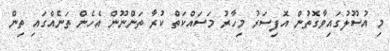
މި އުސޫލުގައިވާގޮތުން އޮފިސަރު މިހާރު މަސައްކަތް ކުރާ ތަންނޫން އެހެން ތަނެއްގައި ތިން